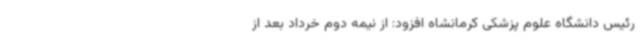
رئیس دانشگاه علوم پزشکی کرمانشاه افزود: از نیمه دوم خرداد بعد از